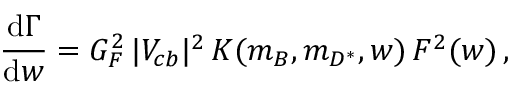
{ \frac { \mathrm { d } \Gamma } { \mathrm { d } w } } = G _ { F } ^ { 2 } \, | V _ { c b } | ^ { 2 } \, K ( m _ { B } , m _ { D ^ { * } } , w ) \, F ^ { 2 } ( w ) \, ,